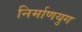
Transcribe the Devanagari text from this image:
निर्माणयुग